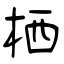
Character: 栖